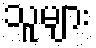
သူများ